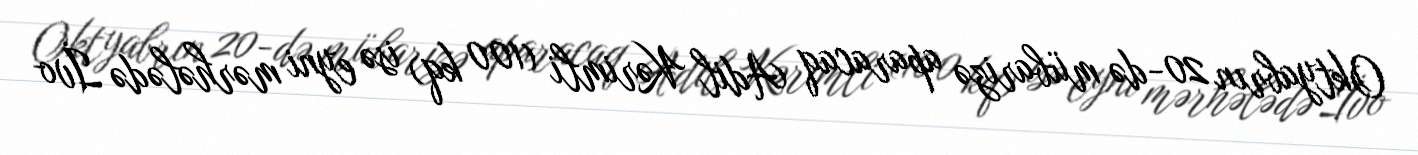
Oktyabrın 20-də mübarizə aparacaq Adil Kərimli (100 kq) isə eyni mərhələdə İvo